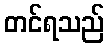
တင်ရသည်